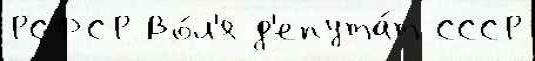
РСФСР Во́л'я д'епута́т СССР